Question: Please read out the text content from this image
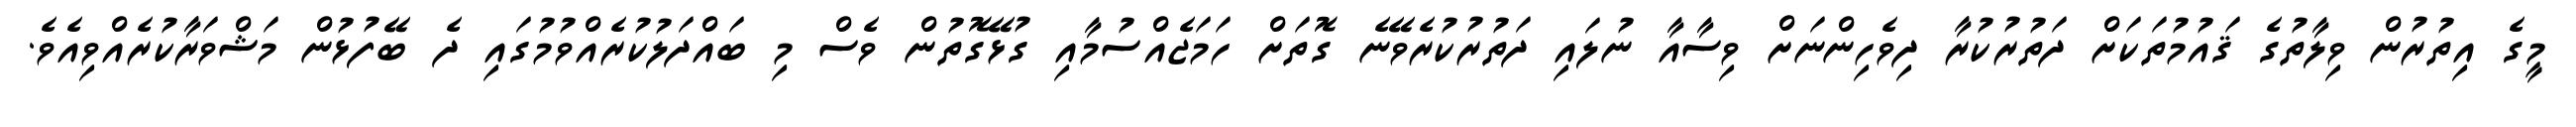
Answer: މީގެ އިތުރުން ވިލާތުގެ ޤައުމުތަކަށް ދަތުރުކުރާ ދިވެހިންނަށް ވިސާއާ ނުލައި ދަތުރުކުރެވޭނެ ގޮތަށް ހަމަޖެއްސުމާއި ގުޅޭގޮތުން ވެސް މި ބައްދަލުކުރެއްވުމުގައި ދެ ބޭފުޅުން މަޝްވަރާކުރެއްވިއެވެ.